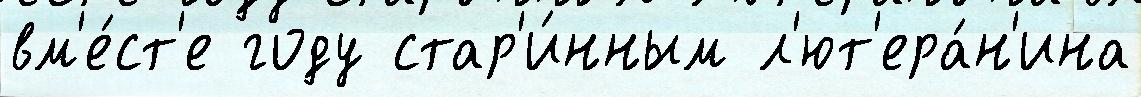
вм'е́ст'е году стар'и́нным л'ют'ера́н'ина